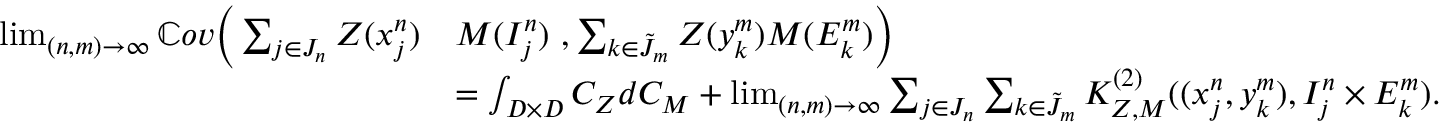
\begin{array} { r l } { \operatorname* { l i m } _ { ( n , m ) \to \infty } \mathbb { C } o v \Big ( \sum _ { j \in J _ { n } } Z ( x _ { j } ^ { n } ) } & { M ( I _ { j } ^ { n } ) \ , \sum _ { k \in \tilde { J } _ { m } } Z ( y _ { k } ^ { m } ) M ( E _ { k } ^ { m } ) \Big ) } \\ & { = \int _ { D \times D } C _ { Z } d C _ { M } + \operatorname* { l i m } _ { ( n , m ) \to \infty } \sum _ { j \in J _ { n } } \sum _ { k \in \tilde { J } _ { m } } K _ { Z , M } ^ { ( 2 ) } ( ( x _ { j } ^ { n } , y _ { k } ^ { m } ) , I _ { j } ^ { n } \times E _ { k } ^ { m } ) . } \end{array}